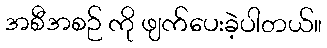
အစီအစဉ် ကို ဖျက်ပေးခဲ့ပါတယ်။